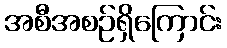
အစီအစဉ်ရှိကြောင်း